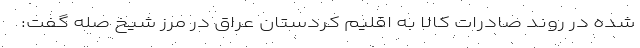
شده در روند صادرات کالا به اقلیم کردستان عراق در مرز شیخ صله گفت: